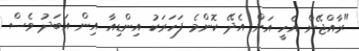
"ރާއްޖޭން އެހީ އަށް އެދޭ ކޮންމެ ފަހަރަކު އިންޑިއާ އިން އަބަދު ވެސް